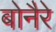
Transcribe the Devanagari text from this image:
बोनैरे